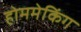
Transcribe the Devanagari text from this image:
होममेकिंग